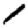
Digit: 1